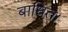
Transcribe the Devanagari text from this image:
बाधित।